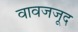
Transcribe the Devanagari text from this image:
वावजजूद